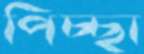
পিচ্ছা